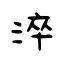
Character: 淬